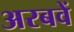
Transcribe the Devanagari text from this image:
अरबवें